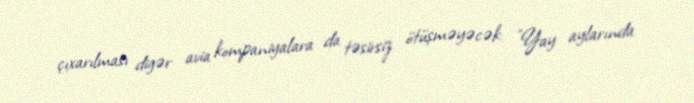
çıxarılması digər avia kompaniyalara da təsirsiz ötüşməyəcək: "Yay aylarında